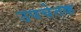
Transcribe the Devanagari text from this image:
उपचेतक